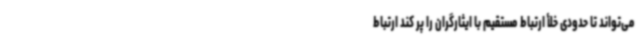
می‌تواند تا حدودی خلأ ارتباط مستقیم با ایثارگران را پر کند ارتباط